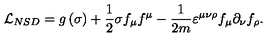
{ \cal L } _ { N S D } = g \left( \sigma \right) + \frac 1 { 2 } \sigma f _ { \mu } f ^ { \mu } - \frac 1 { 2 m } \varepsilon ^ { \mu \nu \rho } f _ { \mu } \partial _ { \nu } f _ { \rho } .